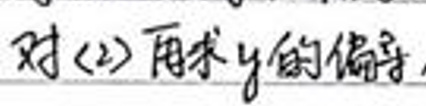
对(2)求\(y\)的偏导